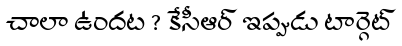
చాలా ఉందట ? కేసీఆర్ ఇప్పుడు టార్గెట్